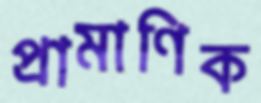
প্রামাণিক